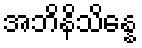
အဘိနိသိန္နေ